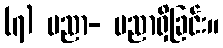
(၇) ပညာ- ပညာရှိခြင်း။